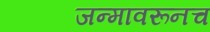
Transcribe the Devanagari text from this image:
जन्मावरूनच